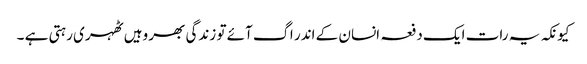
کیونکہ یہ رات ایک دفعہ انسان کے اندر اگ آئے تو زندگی بھر وہیں ٹھہری رہتی ہے ۔